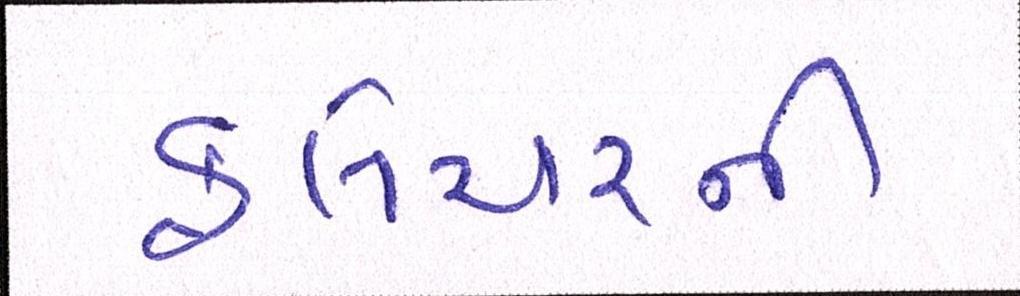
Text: ફ્લેચરની